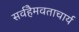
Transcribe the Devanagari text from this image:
सर्वहैमवताचार्य